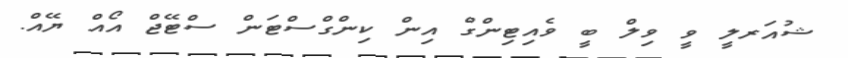
ޝުއަރލީ ވީ ވިލް ބީ ވެއިޓިންގް އިން ކިންގްސްޓަން ސްޓޭޖް އޯއް ޔޭއް.